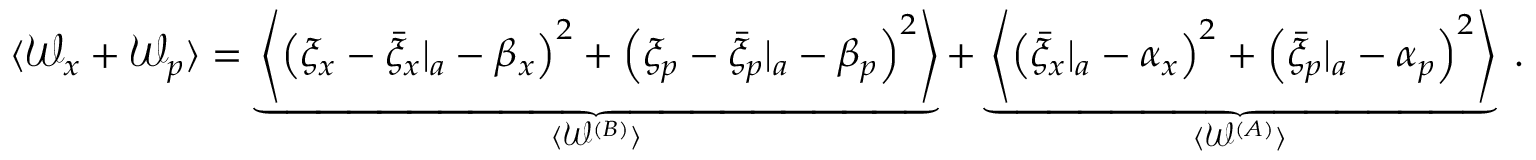
\begin{array} { r } { \langle \mathcal { W } _ { x } + \mathcal { W } _ { p } \rangle = \underbrace { \left\langle \left( \xi _ { x } - { \bar { \xi } _ { x } } | _ { a } - \beta _ { x } \right) ^ { 2 } + \left( \xi _ { p } - { \bar { \xi } _ { p } } | _ { a } - \beta _ { p } \right) ^ { 2 } \right\rangle } _ { \langle \mathcal { W } ^ { ( B ) } \rangle } + \underbrace { \left\langle \left( { \bar { \xi } _ { x } } | _ { a } - \alpha _ { x } \right) ^ { 2 } + \left( { \bar { \xi } _ { p } } | _ { a } - \alpha _ { p } \right) ^ { 2 } \right\rangle } _ { \langle \mathcal { W } ^ { ( A ) } \rangle } \; . } \end{array}